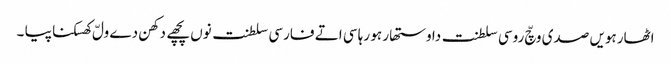
اٹھارہویں صدی وچّ روسی سلطنت دا وستھار ہو رہا سی اتے فارسی سلطنت نوں پچھے دکھن دے ولّ کھسکنا پیا ۔